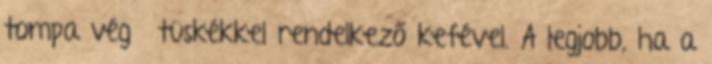
tompa végű tüskékkel rendelkező kefével. A legjobb, ha a